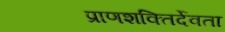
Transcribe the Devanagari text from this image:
प्राणशक्तिर्देवता